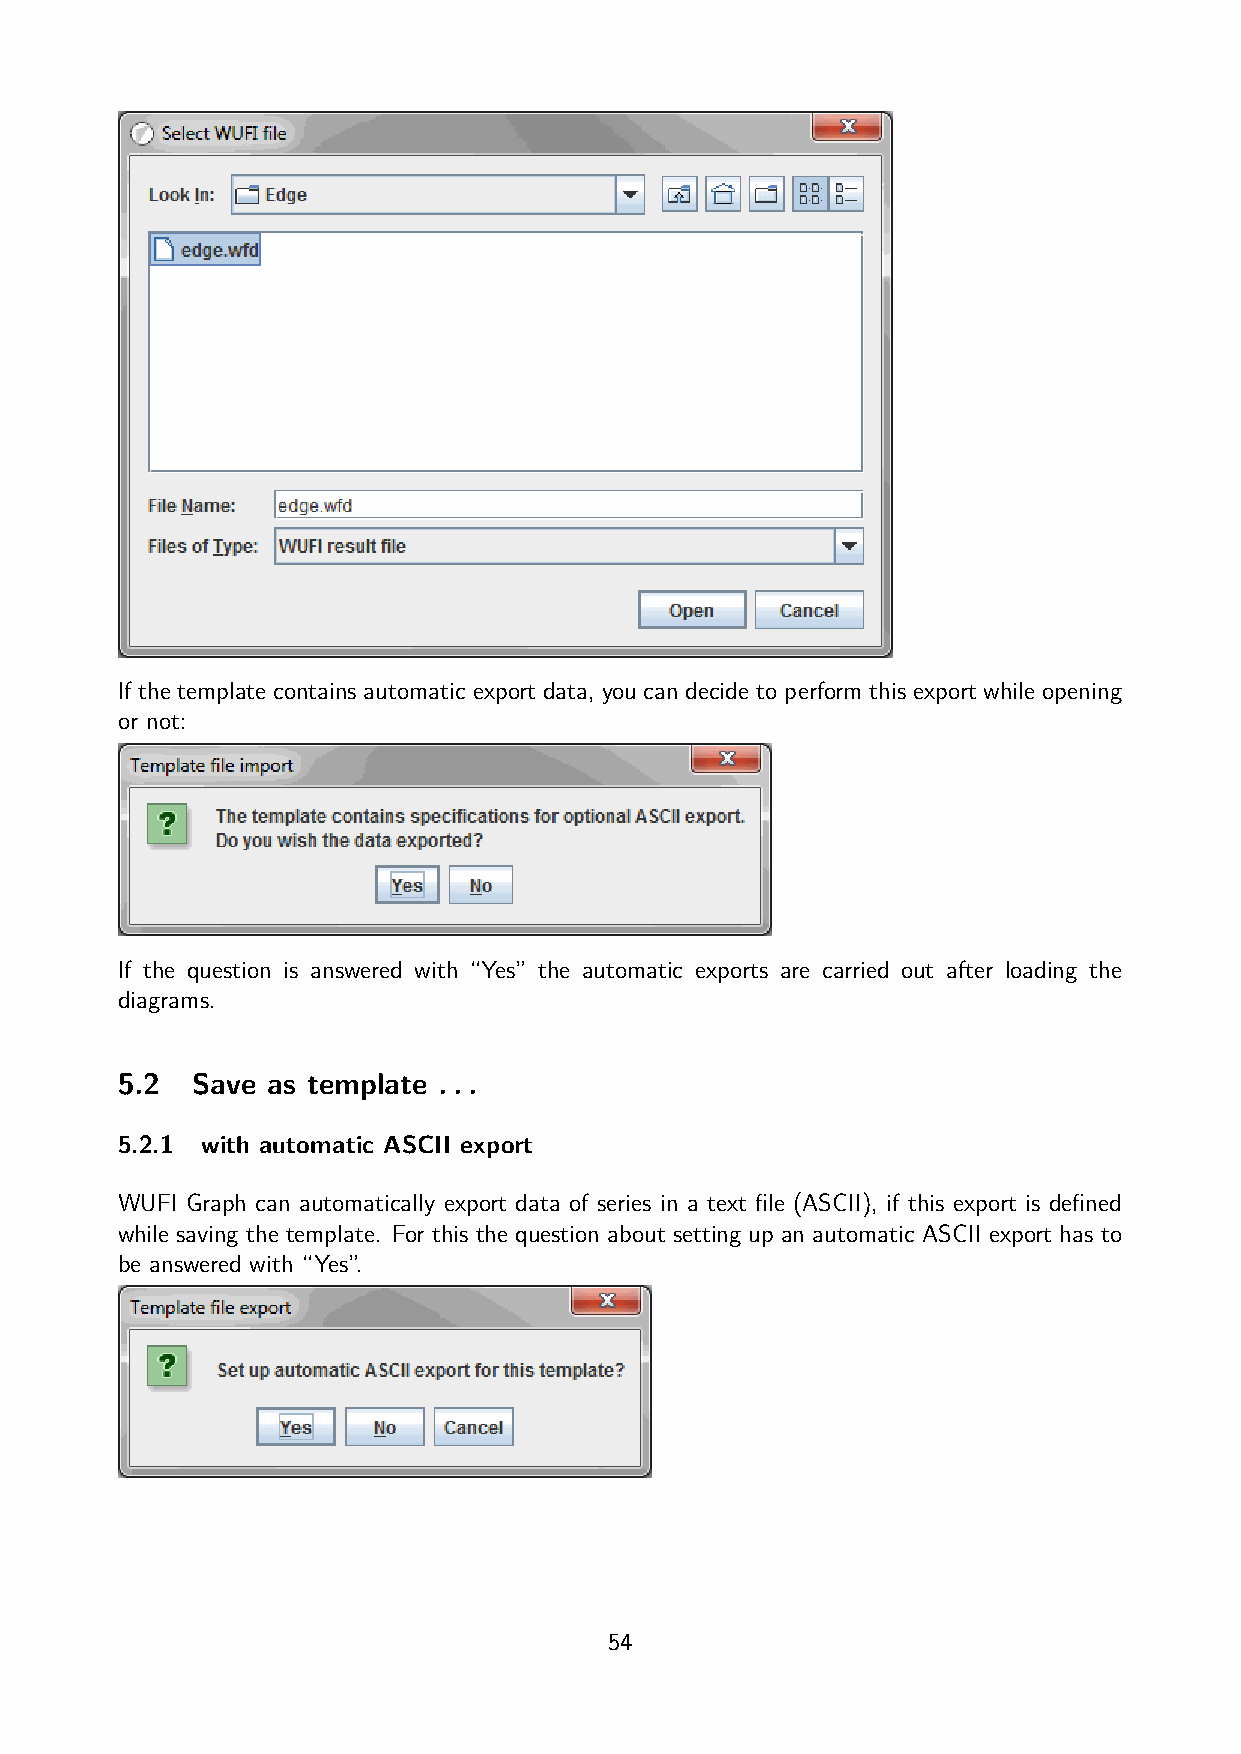
If the template contains automatic export data, you can decide to perform this export while opening
 or not:
 If the question is answered with “Yes” the automatic exports are carried out after loading the
 diagrams.
 5.2  Save as template ...
 5.2.1 with automatic ASCII export
 WUFI Graph can automatically export data of series in a text file (ASCII), if this export is defined
 while saving the template. For this the question about setting up an automatic ASCII export has to
 be answered with “Yes”.
 54